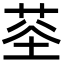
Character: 𮏏